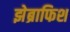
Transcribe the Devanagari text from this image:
झेब्राफिश